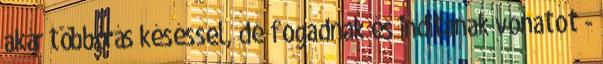
akár többórás késéssel, de fogadnak és indítanak vonatot -